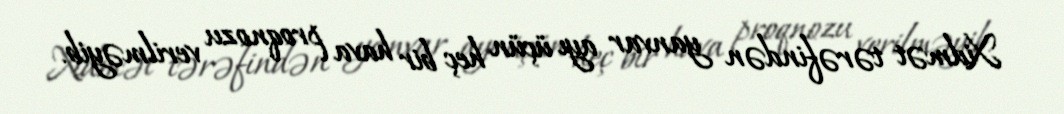
Xidmət tərəfindən yanvar ayı üçün heç bir hava proqnozu verilməyib.